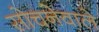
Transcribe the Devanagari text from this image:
सोचनेवाले